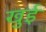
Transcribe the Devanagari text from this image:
खुई